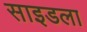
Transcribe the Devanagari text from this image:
साइडला